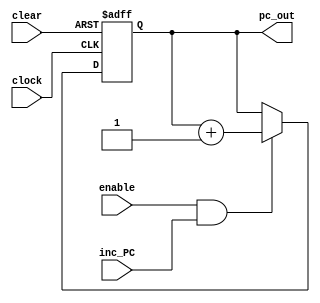
module program_counter
#(
    parameter DATA_WIDTH = 32,
    parameter INIT = 32'h0
)
(
    input wire clear,         // Asynchronous clear signal
    input wire clock,         // Clock signal
    input wire enable,        // Enable signal
    input wire inc_PC,        // Increment signal
    output reg [DATA_WIDTH-1:0] pc_out // Program counter output
);

reg [DATA_WIDTH-1:0] pc_reg;

// Initialization should be done inside an initial block
initial pc_reg = INIT;

always @(posedge clock or posedge clear) begin
    // Clear the program counter if the clear signal is asserted
    if (clear) begin
        pc_reg <= INIT;
    end
    // Increment the program counter if enable signal is high and inc_pc signal is asserted
    else if (enable && inc_PC) begin
        pc_reg <= pc_reg + 1;
    end
end

// Output assignment
assign pc_out = pc_reg;

endmodule